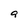
Character: g